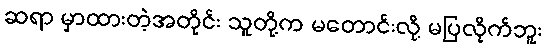
ဆရာ မှာထားတဲ့အတိုင်း သူတို့က မတောင်းလို့ မပြလိုက်ဘူး